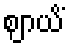
ဈာယိံ